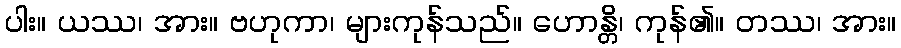
ပါး။ ယဿ၊ အား။ ဗဟုကာ၊ များကုန်သည်။ ဟောန္တိ၊ ကုန်၏။ တဿ၊ အား။